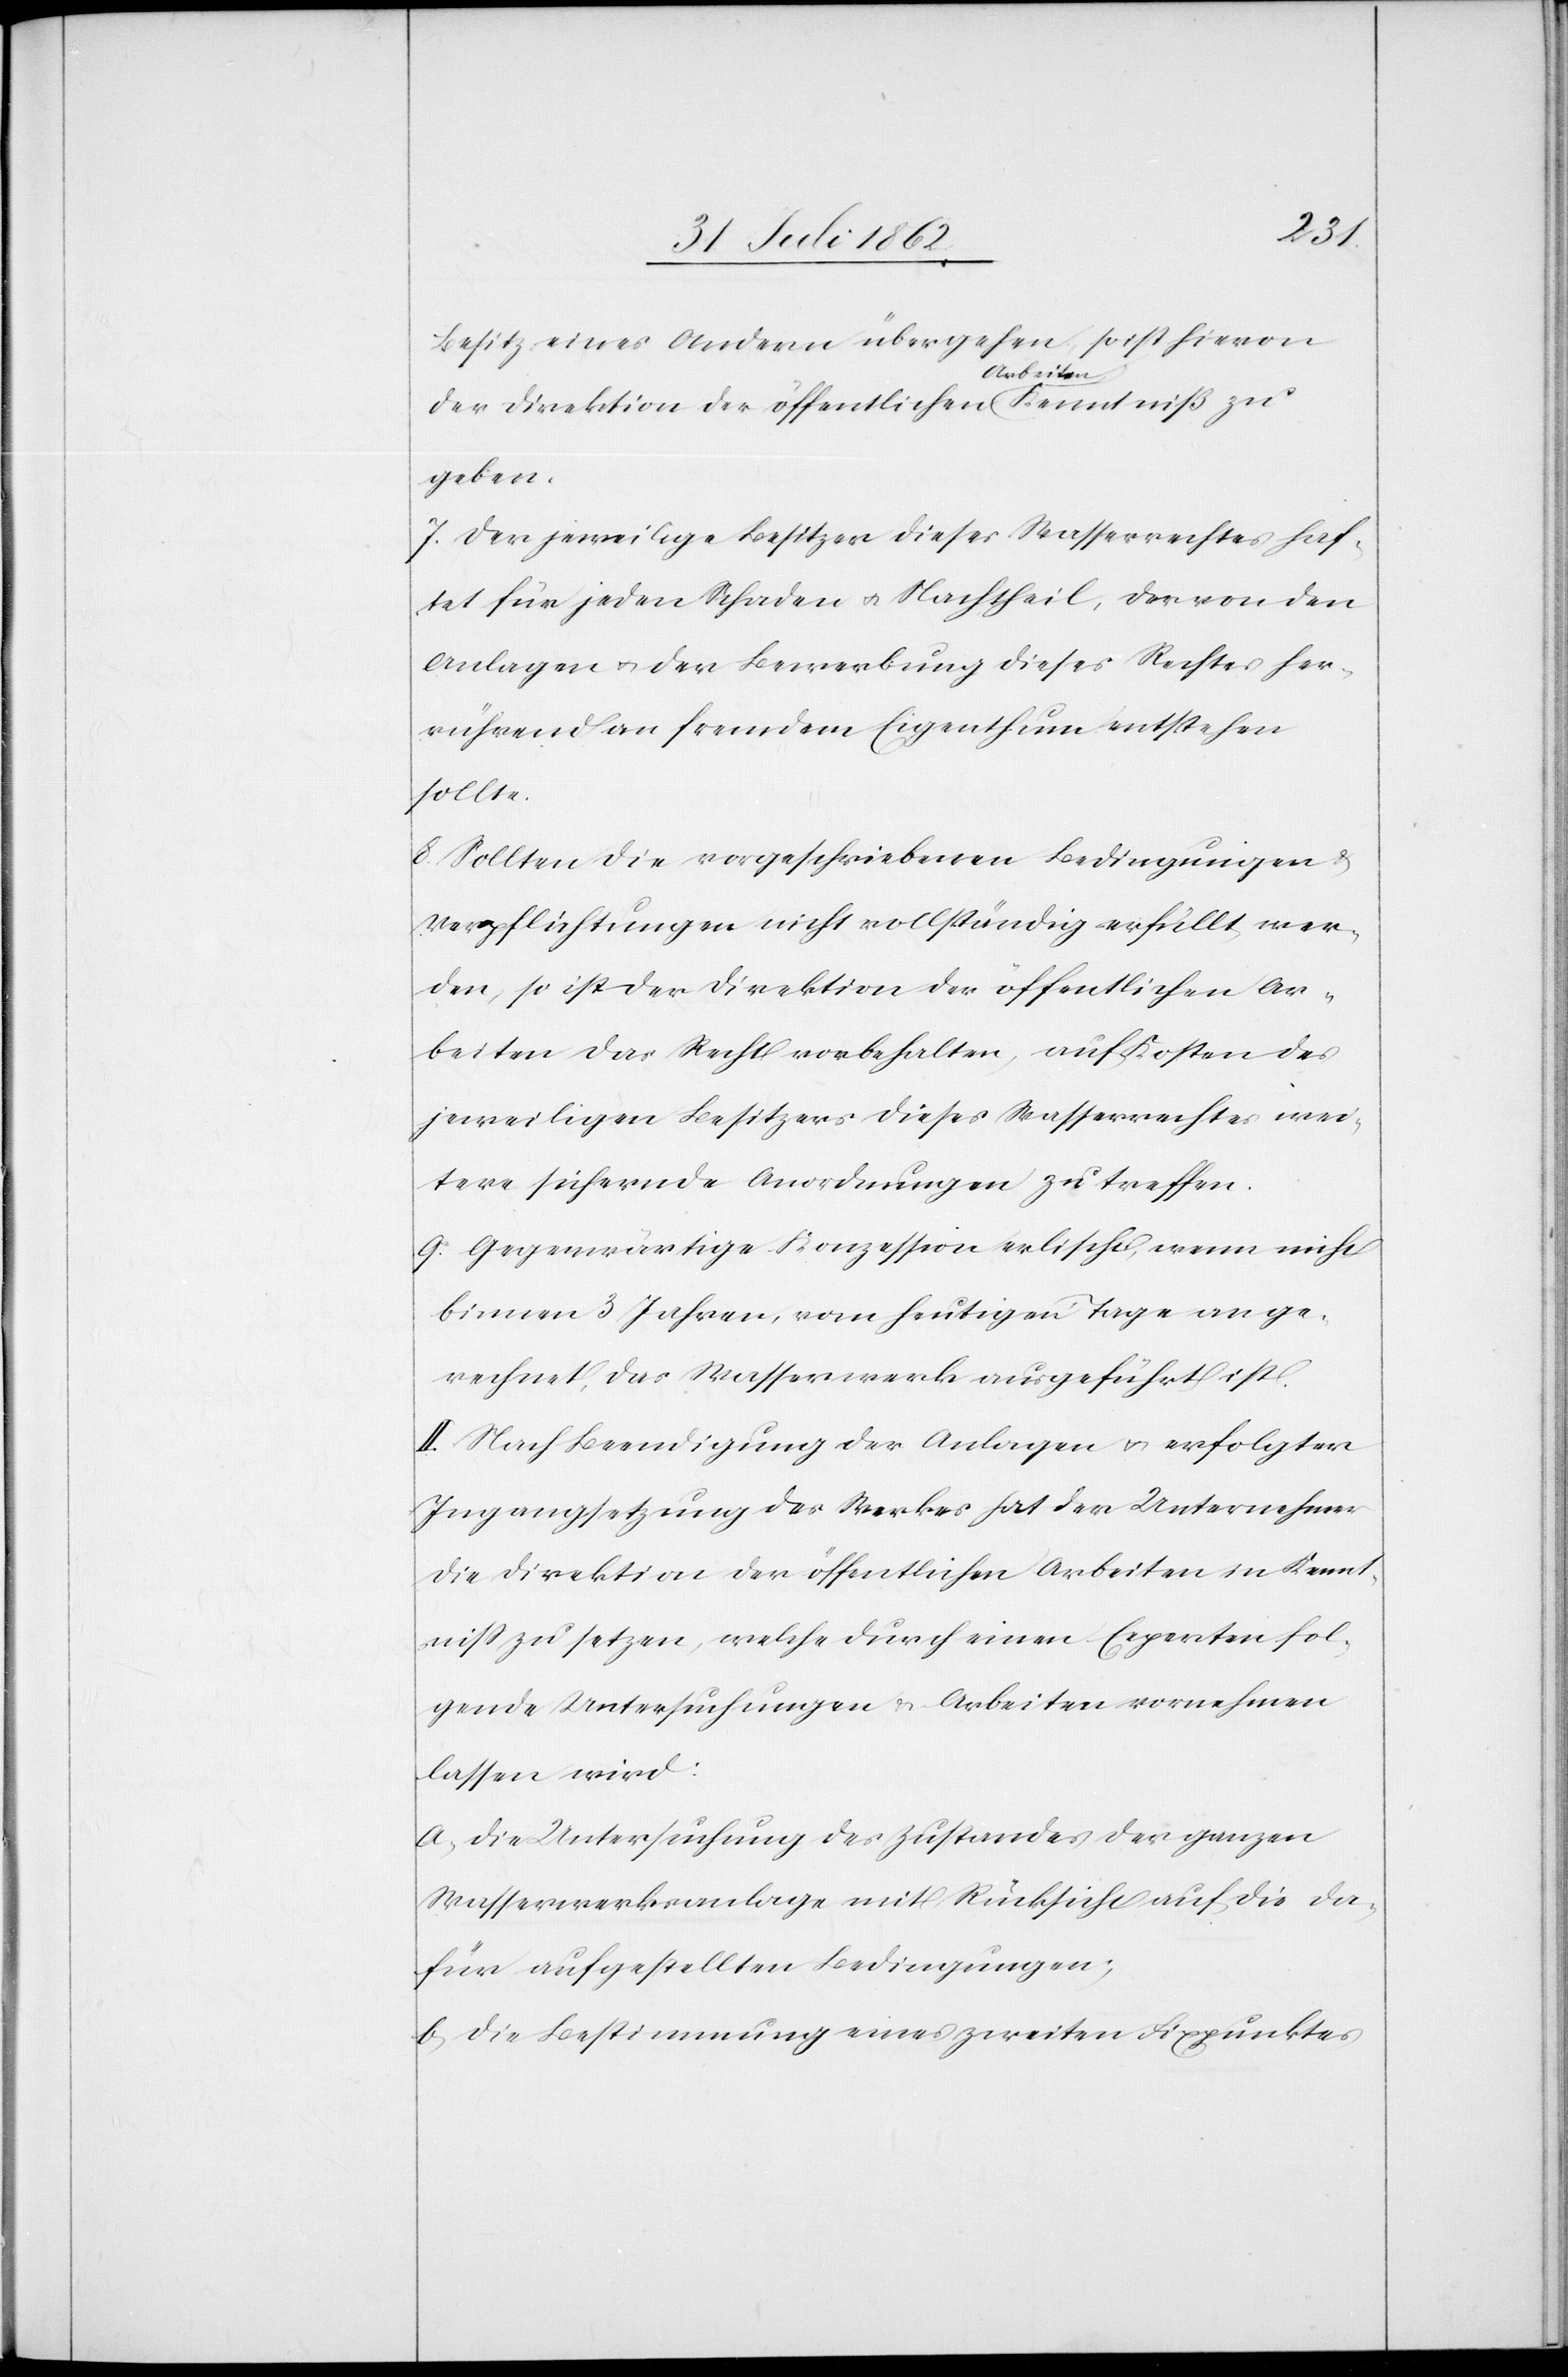
niß
Besitz eines Andern übergehen, so ist hievon
geben.
7. Der jeweilige Besitzer dieses Wasserrechtes haf¬
tet für jeden Schaden u. Nachtheil, der von den
Anlagen u. der Bewerbung dieses Rechtes her¬
rührend an fremdem Eigenthum entstehen
sollte.
8. Sollten die vorgeschriebenen Bedingungen u.
Verpflichtungen nicht vollständig erfüllt wer¬
den, so ist der Direktion der öffentlichen Ar¬
beiten das Recht vorbehalten, auf Kosten des
jeweiligen Besitzers dieses Wasserrechtes wei¬
tere sichernde Anordnungen zu treffen.
9. Gegenwärtige Konzession erlischt, wenn nicht
binnen 3 Jahren, vom heutigen Tage an ge¬
rechnet, das Wasserwerk ausgeführt ist.
II. Nach Beendigung der Anlagen u. erfolgter
Ingangsetzung des Werkes hat der Unternehmer
die Direktion der öffentlichen Arbeiten in Kennt¬
niß zu setzen, welche durch einen Experten fol¬
gende Untersuchungen u. Arbeiten vornehmen
lassen wird:
a. die Untersuchung des Zustandes der ganzen
Wasserwerksanlage mit Rücksicht auf die da¬
für aufgestellten Bedingungen;
b. Die Bestimmung eines zweiten Fixpunktes